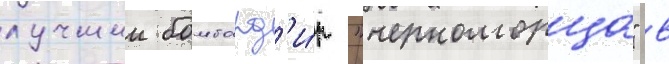
лучшии бомбард'и́р "черноморца" в